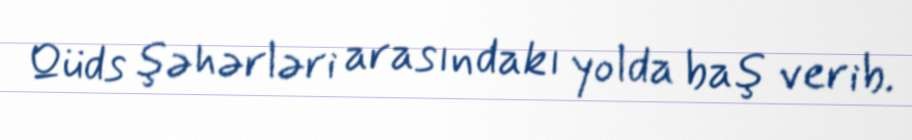
Qüds şəhərləri arasındakı yolda baş verib.